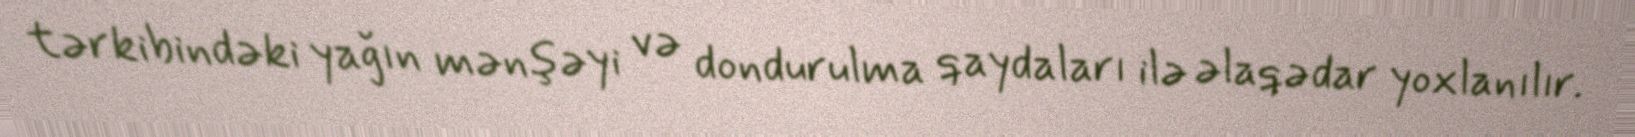
tərkibindəki yağın mənşəyi və dondurulma qaydaları ilə əlaqədar yoxlanılır.